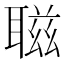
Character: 𦖺